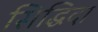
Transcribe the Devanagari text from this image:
सिद्धिदा